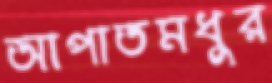
আপাতমধুর